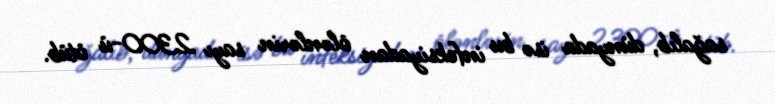
sağalıb, dünyada isə bu infeksiyadan ölənlərin sayı 2300-ü ötüb.